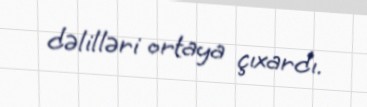
dəlilləri ortaya çıxardı.